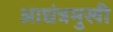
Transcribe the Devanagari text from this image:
आद्यंत्रमुखी